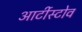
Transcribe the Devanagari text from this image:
आर्टीस्टोव